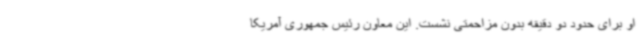
او برای حدود دو دقیقه بدون مزاحمتی نشست. این معاون رئیس جمهوری آمریکا